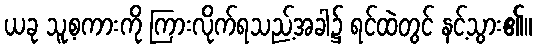
ယခု သူ့စကားကို ကြားလိုက်ရသည့်အခါ၌ ရင်ထဲတွင် နင့်သွား၏။